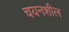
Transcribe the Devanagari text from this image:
चयनशील